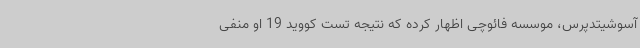
آسوشیتدپرس، موسسه فائوچی اظهار کرده که نتیجه تست کووید 19 او منفی